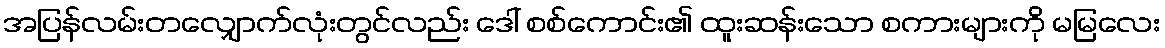
အပြန်လမ်းတလျှောက်လုံးတွင်လည်း ဒေါ် စစ်ကောင်း၏ ထူးဆန်းသော စကားများကို မမြလေး